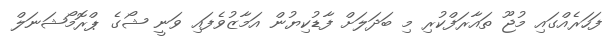
ފަހަރެއްގައި މުޖޫ ތައާރަފްކުރި މި ބަދަލަށް ފާޑުކިޔުން އަމާޒުވެފައި ވަނީ ޝޯގެ ޕްރޮމޯޝަނަލް